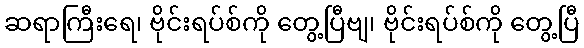
ဆရာကြီးရေ၊ ဗိုင်းရပ်စ်ကို တွေ့ပြီဗျ၊ ဗိုင်းရပ်စ်ကို တွေ့ပြီ